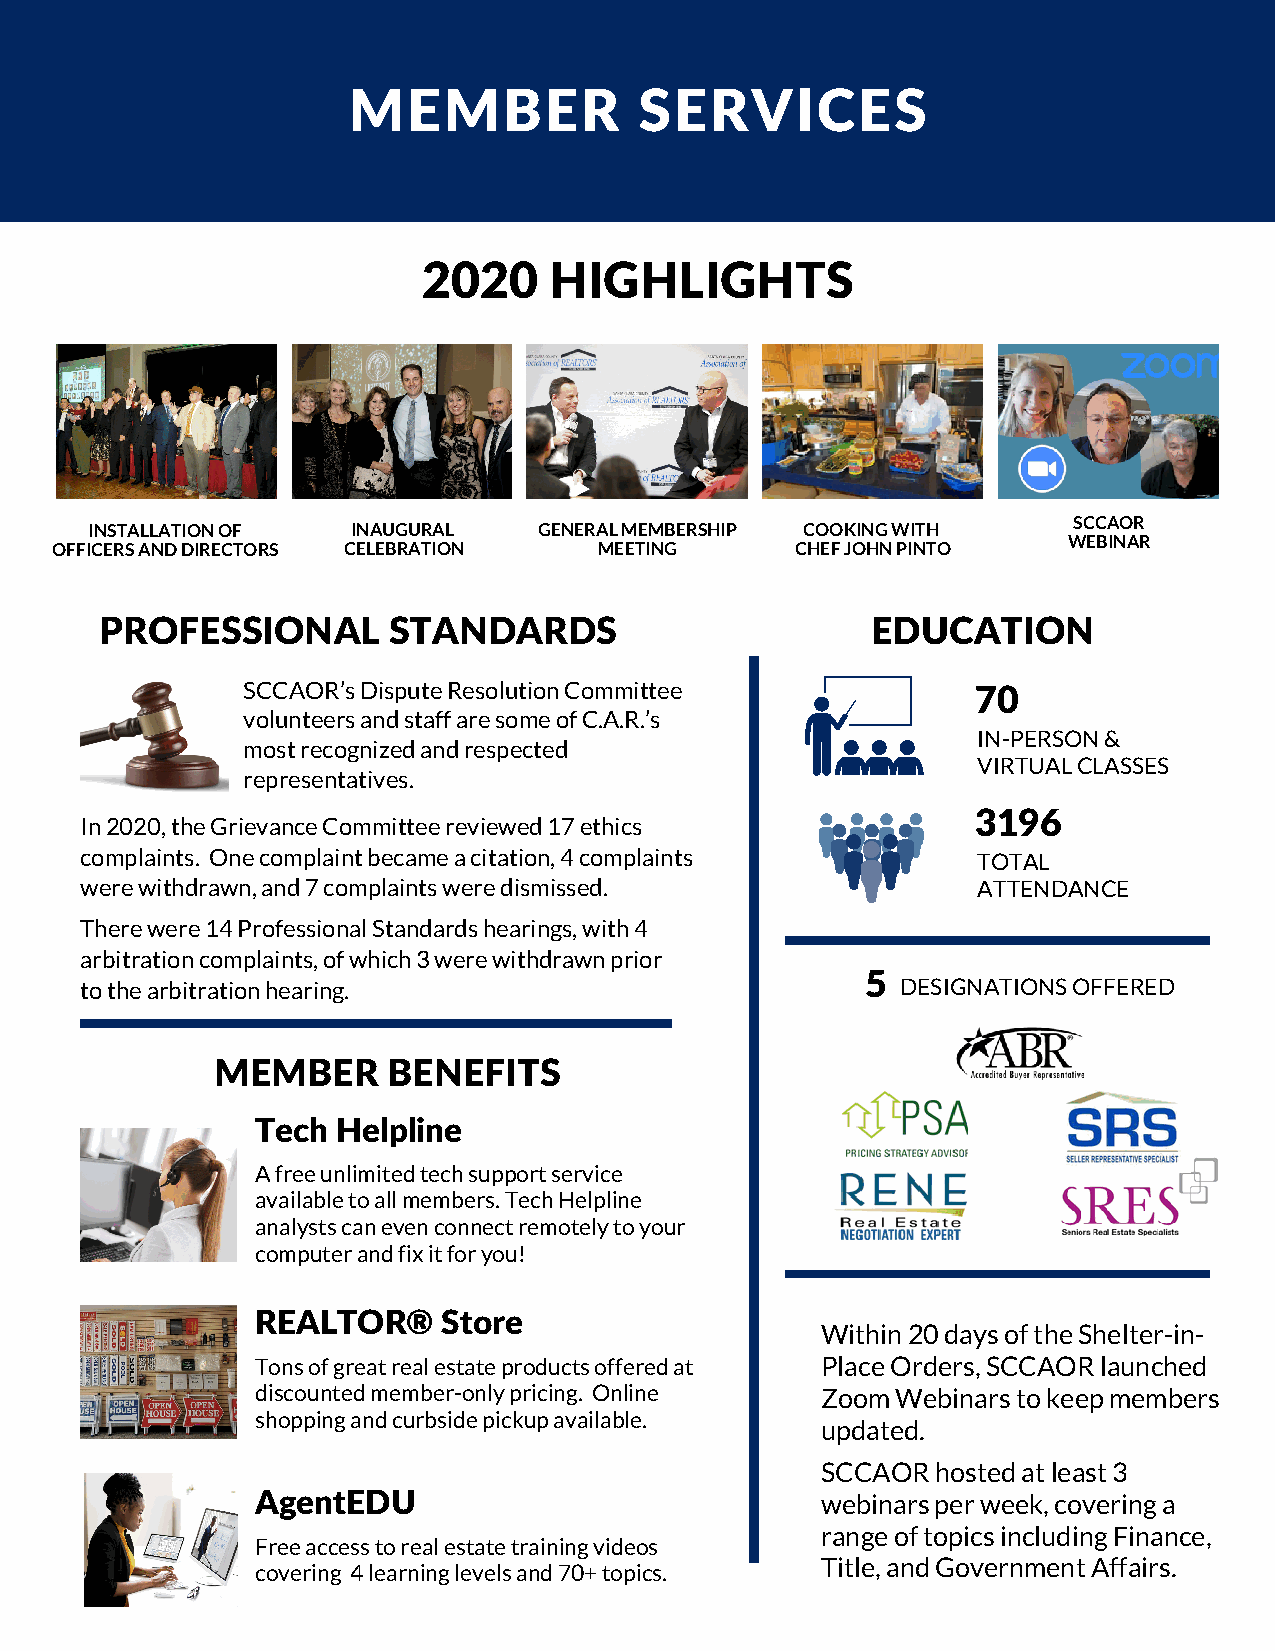
MEMBER             SERVICES
 2020    HIGHLIGHTS
 SCCAOR
 INSTALLATION OF  INAUGURAL    GENERAL MEMBERSHIP COOKING WITH
 WEBINAR
 OFFICERS AND DIRECTORS CELEBRATION   MEETING      CHEF JOHN PINTO
 PROFESSIONAL       STANDARDS                       EDUCATION
 SCCAOR’s Dispute Resolution Committee            70
 volunteers and staff are some of C.A.R.’s
 IN-PERSON &
 most recognized and respected
 VIRTUAL CLASSES
 representatives.
 3196
 In 2020, the Grievance Committee reviewed 17 ethics
 complaints. One complaint became a citation, 4 complaints   TOTAL
 were withdrawn, and 7 complaints were dismissed.            ATTENDANCE
 There were 14 Professional Standards hearings, with 4
 arbitration complaints, of which 3 were withdrawn prior
 5
 to the arbitration hearing.                            DESIGNATIONS OFFERED
 MEMBER      BENEFITS
 Tech Helpline
 A free unlimited tech support service
 available to all members. Tech Helpline
 analysts can even connect remotely to your
 computer and fix it for you!
 REALTOR   ® Store
 Within 20 days of the Shelter-in-
 Tons of great real estate products offered at Place Orders, SCCAOR launched
 discounted member-only pricing. Online Zoom Webinars to keep members
 shopping and curbside pickup available.
 updated.
 SCCAOR  hosted at least 3
 AgentEDU                             webinars per week, covering a
 range of topics including Finance,
 Free access to real estate training videos
 Title, and Government Affairs.
 covering 4 learning levels and 70+ topics.